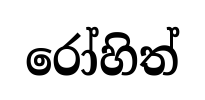
රෝහිත්